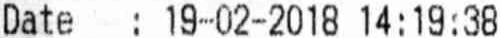
DATE  : 19-02-2018 14:19:38